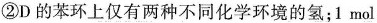
②D的苯环上仅有两种不同化学环境的氢；1mol